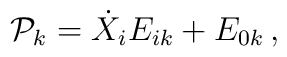
{\cal P}_k = \dot{X}_i E_{ik} + E_{0k}\, ,